Leprosy in India: report of the Leprosy Commission in India, 1890-91
Year: 1890
Disease focus: Leprosy
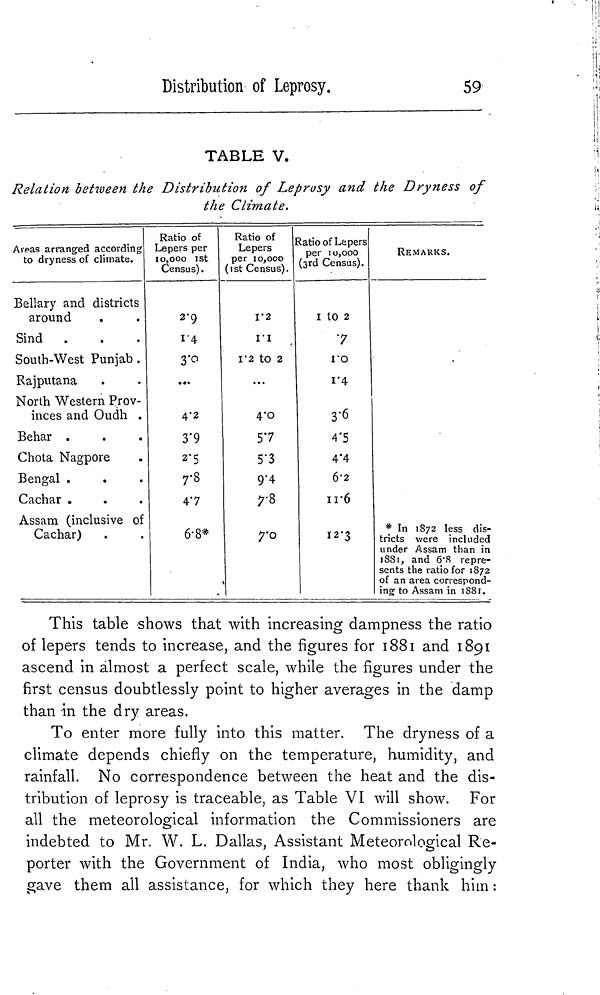
Distribution of Leprosy.
59
TABLE V.
Relation between the Distribution of Leprosy and the Dryness of
the Climate.
Areas arranged according
to dryness of climate.
Bellary and districts
around
Sind
.
South-West Punjab .
Rajputana
North Western Prov-
inces and Oudh .
Behar .
Chota Nagpore
Bengal .
Cachar .
Assam (inclusive of
Cachar)
Ratio of
Lepers per
10, 000 ISt
Census).
2.9
1.4
3.0
...
4.2
3.9
2.5
7.8
4.7
6.8*
Ratio of
Lepers
per 10,000
(1st Census).
1.2
1.1
1.2 to 2
...
4.0
5.7
5.3
9.4
Ratio of Lepers
per 10,000
(3rd Census).
1 to 2
7
1.0
1.4
3.6
4.5
4.4
6.2
11.6
12.3
REMARKS.
* In 1872 less dis-
tricts were included
under Assam than in
1881, and 6.8 repre-
sents the ratio for 1872
of an area correspond-
ing to Assam in 1881.
This table shows that with increasing dampness the ratio
of lepers tends to increase, and the figures for 1881 and 1891
ascend in almost a perfect scale, while the figures under the
first census doubtlessly point to higher averages in the damp
than in the dry areas.
To enter more fully into this matter. The dryness of a
climate depends chiefly on the temperature, humidity, and
rainfall. No correspondence between the heat and the dis-
tribution of leprosy is traceable, as Table VI will show. For
all the meteorological information the Commissioners are
indebted to Mr. W. L. Dallas, Assistant Meteorological Re-
porter with the Government of India, who most obligingly
gave them all assistance, for which they here thank him :